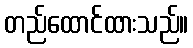
တည်ထောင်ထားသည်။